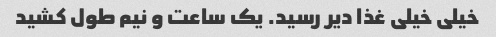
خیلی خیلی غذا دیر رسید. یک ساعت و نیم طول کشید